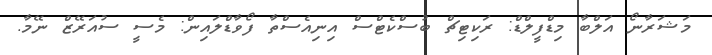
މަޝަރާނޯ އަލްބާ މިޑްފީލްޑް: ރަކިޓިޗް ބުސްކެޓްސް އިނިއެސްތާ ފޯވާޑްލައިން: މެސީ ސުއަރޭޒް ނޭމާ.